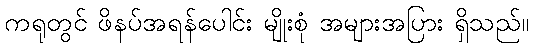
ကရုတွင် ဖိနပ်အရန်ပေါင်း မျိုးစုံ အများအပြား ရှိသည်။